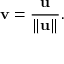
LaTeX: \mathbf { v } = { \frac { \mathbf { u } } { \| \mathbf { u } \| } } .